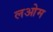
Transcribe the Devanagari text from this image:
लओम